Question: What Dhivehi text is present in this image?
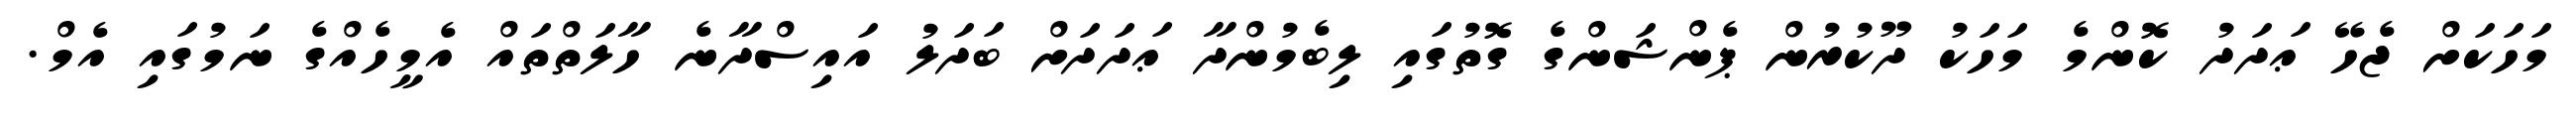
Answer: މަހަކަށް ޖެހޭ ޢަދަދު ކޮންމެ މަހަކު ދޫކުރުން ޕެންޝަންގެ ގޮތުގައި ލިބެމުންދާ ޢަދަދަށް ބަދަލު އައިސްދާނެ ހާލަތްތައް އެމީހެއްގެ ނަމުގައި އެމް.